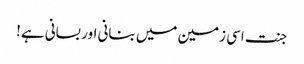
جنت اسی زمین میں بنانی اور بسانی ہے!